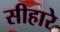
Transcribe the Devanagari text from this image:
सीहारे